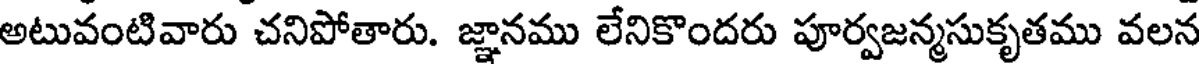
అటువంటివారు చనిపోతారు. జ్ఞానము లేనికొందరు పూర్వజన్మసుకృతము వలన